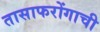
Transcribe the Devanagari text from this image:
तासाफरोंगाची